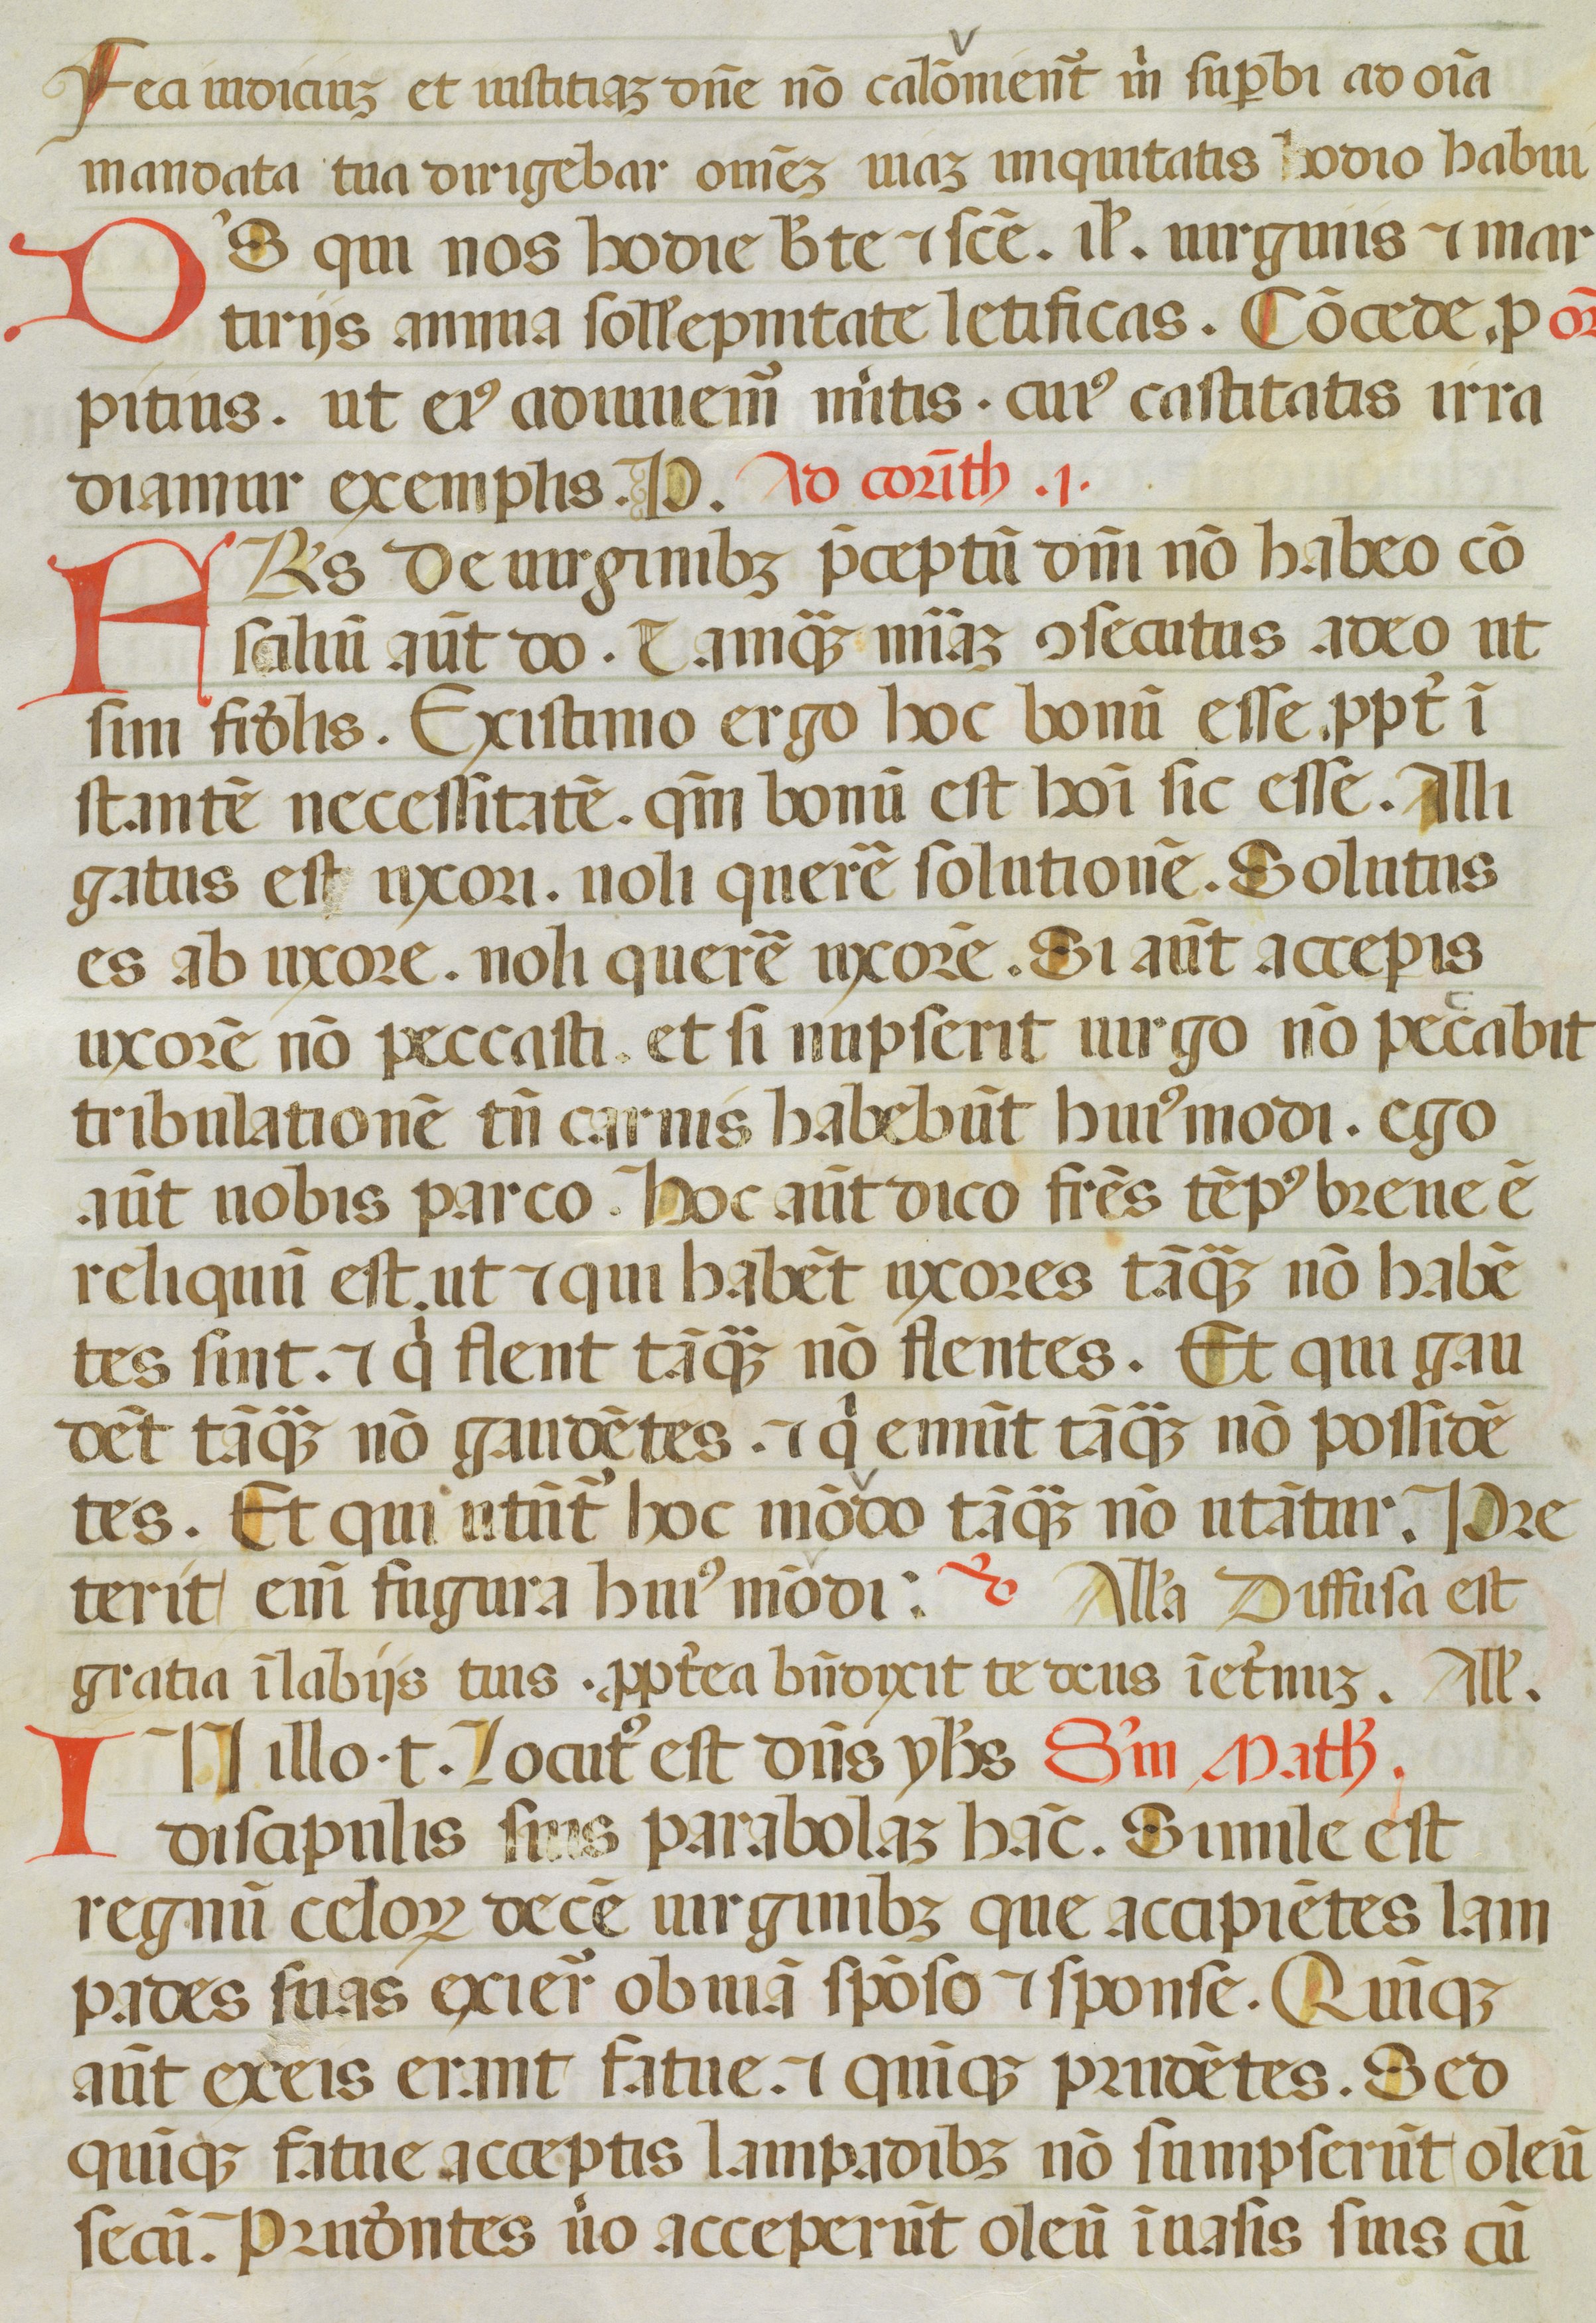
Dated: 1450–1499